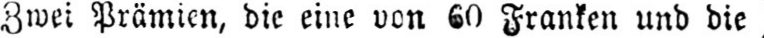
Zwei Prämien, die eine von 60 Franken und die